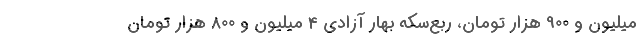
میلیون و 900 هزار تومان، ربع‌سکه بهار آزادی 4 میلیون و 800 هزار تومان